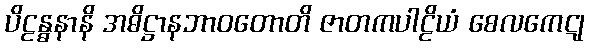
ပိဠန္ဓနာနိ အဓိဋ္ဌာနဘာဝတောတိ ဇာတကပါဠိယံ စေလကေဋု